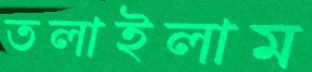
তলাইলাম